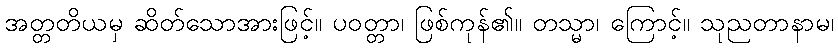
အတ္တတိယမှ ဆိတ်သောအားဖြင့်။ ပဝတ္တာ၊ ဖြစ်ကုန်၏။ တသ္မာ၊ ကြောင့်။ သုညတာနာမ၊